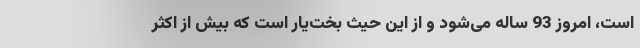
است، امروز 93 ساله می‌شود و از این حیث بخت‌یار است که بیش از اکثر